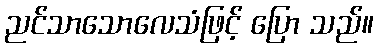
ညင်သာသောလေသံဖြင့် ပြော သည်။